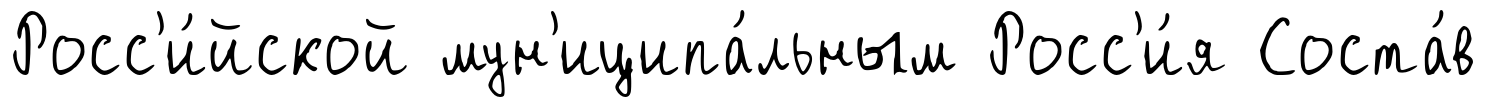
Росс'и́йской мун'иципа́льным Росс'и́я Соста́в